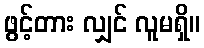
ဖွင့်တား လျှင် လူမရှိ။